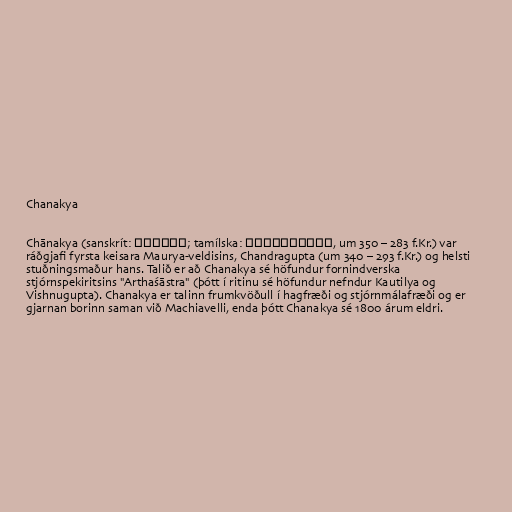
Chanakya

Chānakya (sanskrít: चाणक्य; tamílska: சாணக்கியன், um 350 – 283 f.Kr.) var
ráðgjafi fyrsta keisara Maurya-veldisins, Chandragupta (um 340 – 293 f.Kr.) og helsti
stuðningsmaður hans. Talið er að Chanakya sé höfundur fornindverska
stjórnspekiritsins "Arthaśāstra" (þótt í ritinu sé höfundur nefndur Kautilya og
Vishnugupta). Chanakya er talinn frumkvöðull í hagfræði og stjórnmálafræði og er
gjarnan borinn saman við Machiavelli, enda þótt Chanakya sé 1800 árum eldri.